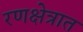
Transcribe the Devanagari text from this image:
रणक्षेत्रात